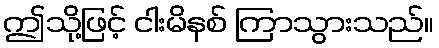
ဤသို့ဖြင့် ငါးမိနစ် ကြာသွားသည်။